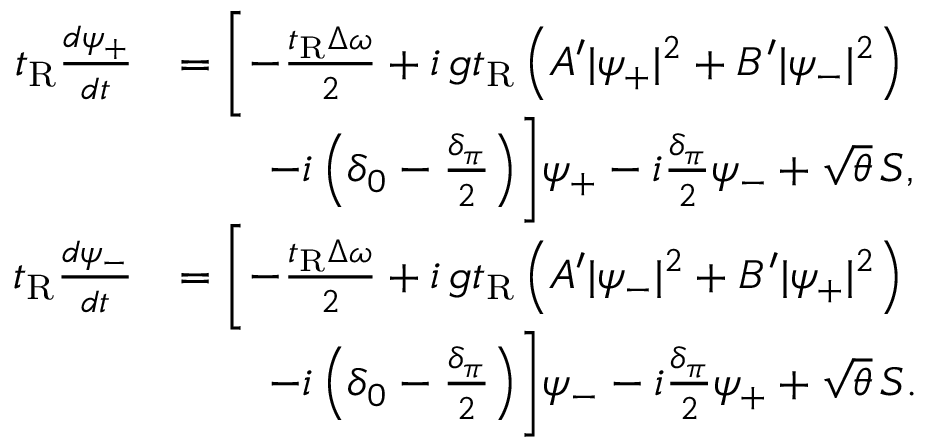
\begin{array} { r l } { t _ { \mathrm { R } } \frac { d \psi _ { + } } { d t } } & { = \biggl [ - \frac { t _ { \mathrm { R } } \Delta \omega } { 2 } + i \, g t _ { \mathrm { R } } \left( A ^ { \prime } | \psi _ { + } | ^ { 2 } + B ^ { \prime } | \psi _ { - } | ^ { 2 } \right) } \\ & { \qquad - i \left( \delta _ { 0 } - \frac { \delta _ { \pi } } { 2 } \right) \biggr ] \psi _ { + } - i \frac { \delta _ { \pi } } { 2 } \psi _ { - } + \sqrt { \theta } \, S , } \\ { t _ { \mathrm { R } } \frac { d \psi _ { - } } { d t } } & { = \biggl [ - \frac { t _ { \mathrm { R } } \Delta \omega } { 2 } + i \, g t _ { \mathrm { R } } \left( A ^ { \prime } | \psi _ { - } | ^ { 2 } + B ^ { \prime } | \psi _ { + } | ^ { 2 } \right) } \\ & { \qquad - i \left( \delta _ { 0 } - \frac { \delta _ { \pi } } { 2 } \right) \biggr ] \psi _ { - } - i \frac { \delta _ { \pi } } { 2 } \psi _ { + } + \sqrt { \theta } \, S . } \end{array}